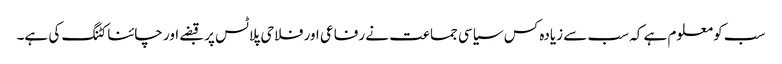
سب کو معلوم ہے کہ سب سے زیادہ کس سیاسی جماعت نے رفاعی اور فلاحی پلاٹس پر قبضے اور چائنا کٹنگ کی ہے۔